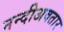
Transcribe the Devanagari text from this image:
नन्दीअवतार